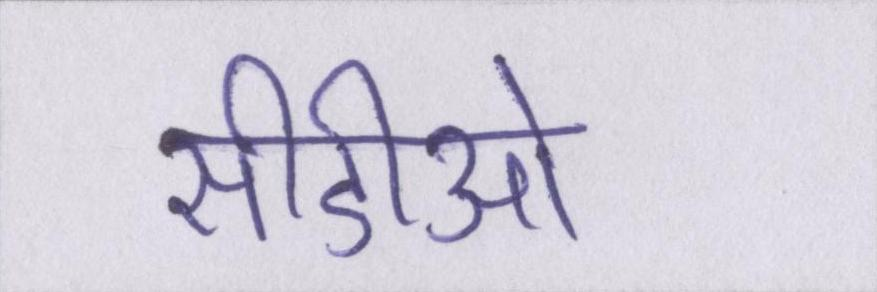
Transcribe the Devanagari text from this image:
सीडीओ